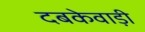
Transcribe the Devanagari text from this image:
दबकेवाड़ी